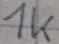
Text: 1K